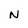
Character: N